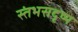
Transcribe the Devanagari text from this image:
स्तंभसदृष्य